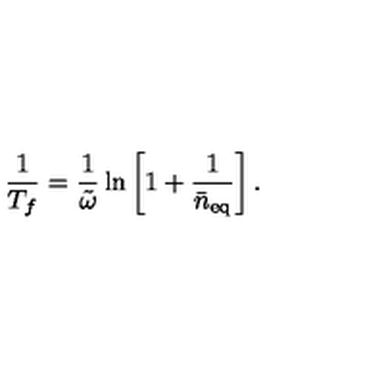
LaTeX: \frac { 1 } { T _ { f } } = \frac { 1 } { \tilde { \omega } } \ln \left[ 1 + \frac { 1 } { \bar { n } _ { \mathrm { e q } } } \right] .